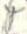
t